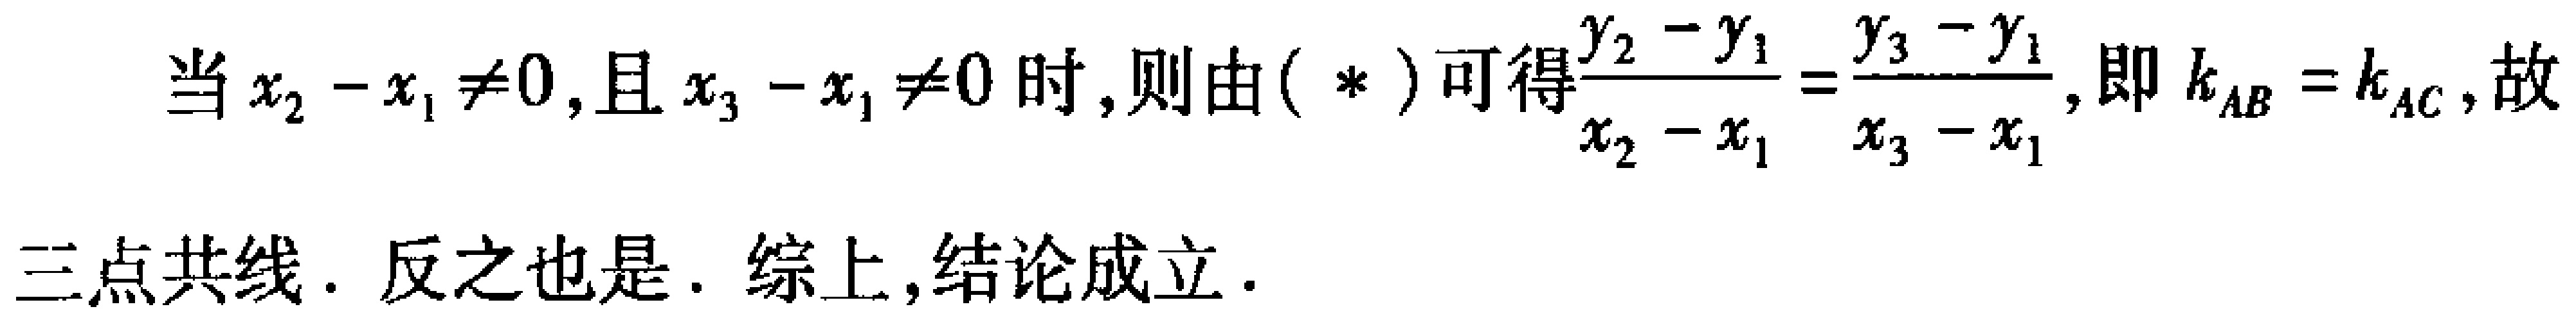
当 \(x_{2}-x_{1}\neq0\)，且 \(x_{3}-x_{1}\neq0\) 时，则由 (\(*\)) 可得\(\frac{y_{2}-y_{1}}{x_{2}-x_{1}}=\frac{y_{3}-y_{1}}{x_{3}-x_{1}}\)，即 \(k_{AB}=k_{AC}\)，故三点共线. 反之也是. 综上，结论成立.